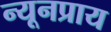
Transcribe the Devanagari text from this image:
न्यूनप्राय